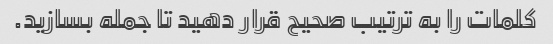
کلمات را به ترتیب صحیح قرار دهید تا جمله بسازید.